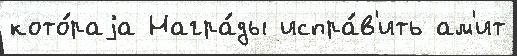
кото́раjа Награ́ды испра́в'ить ам'ит